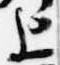
上